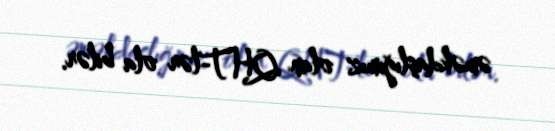
əməkdaşlığımız olan QHT-lər ola bilər.